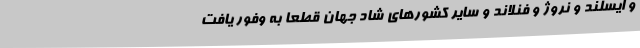
و ایسلند و نروژ و فنلاند و سایر کشورهای شاد جهان قطعا به وفور یافت